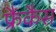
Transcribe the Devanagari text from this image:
फ्रैंकैस